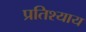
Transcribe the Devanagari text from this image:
प्रतिश्‍याय